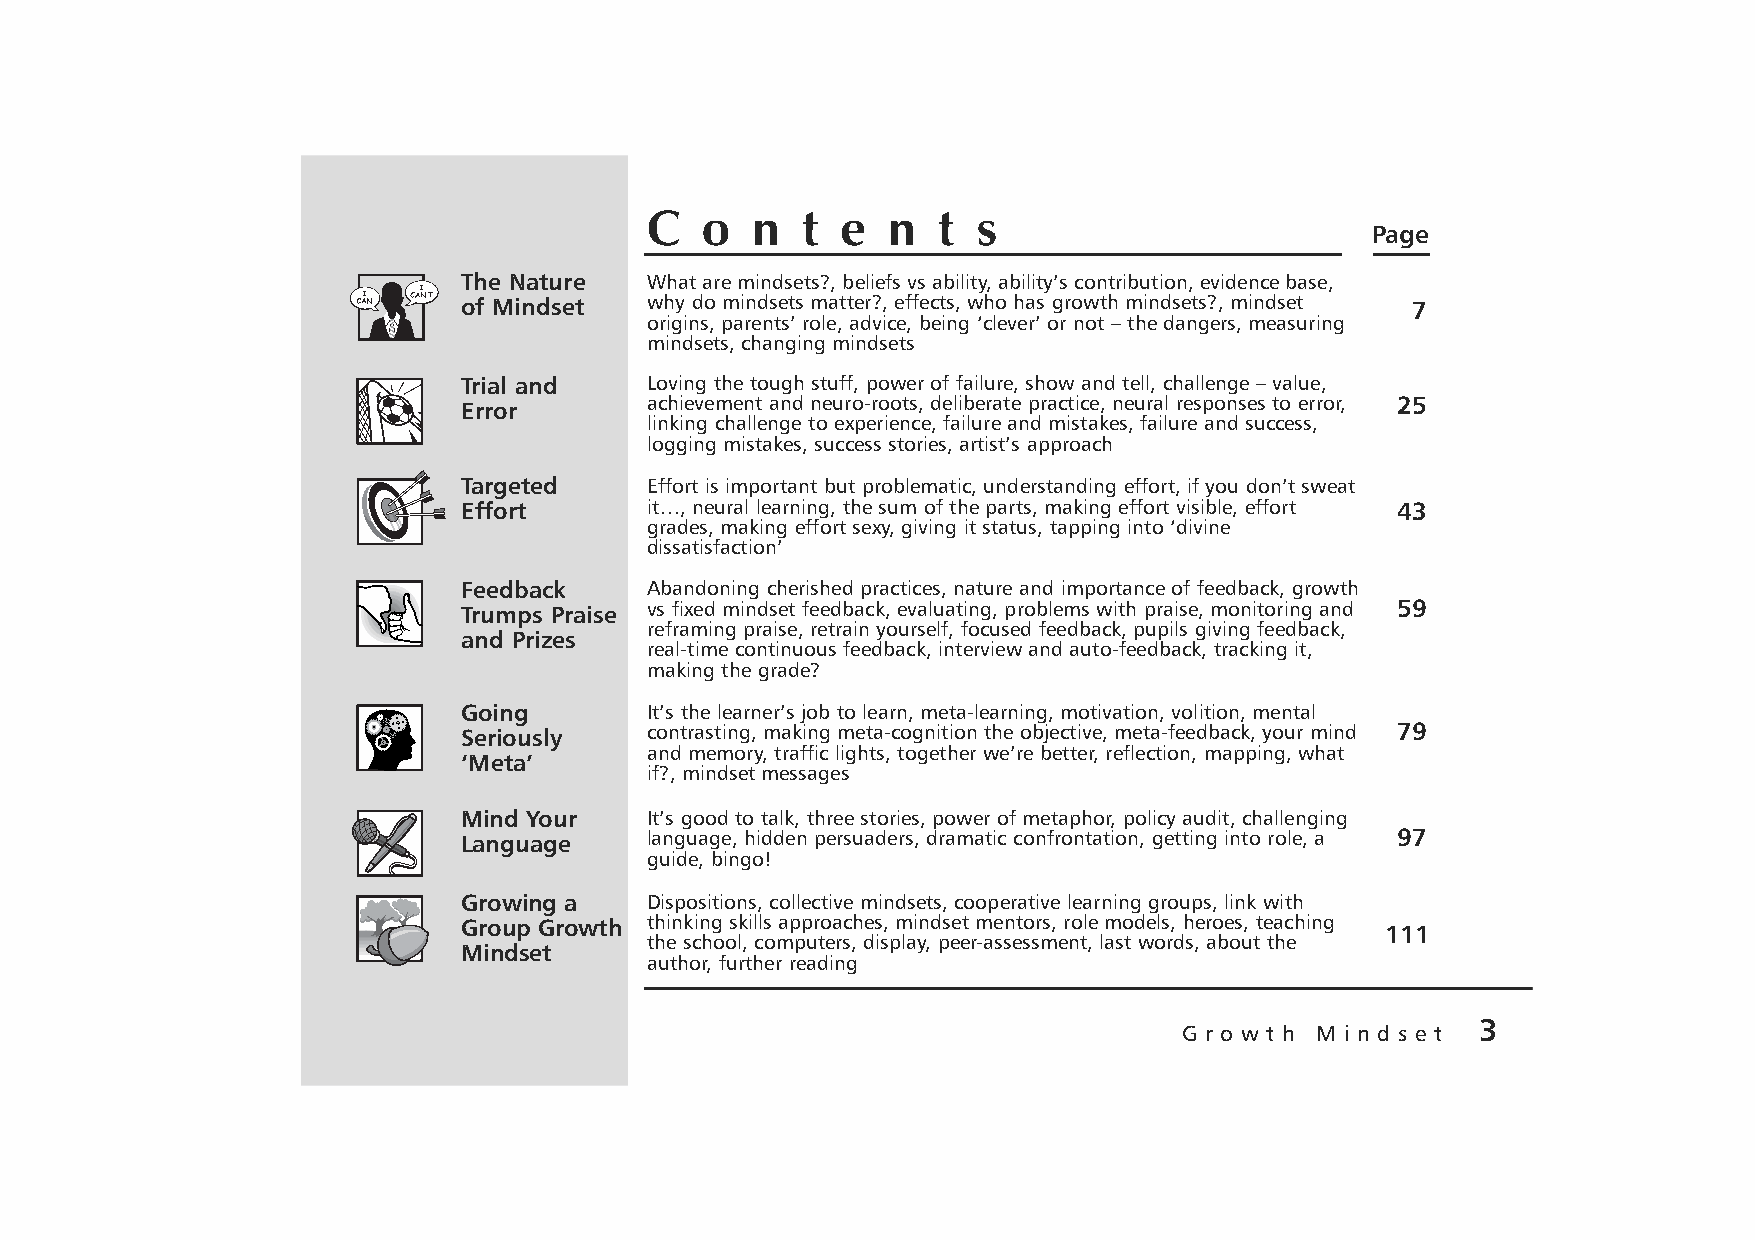
C  o   n  t  e  n  t  s
 Page
 The Nature  What are mindsets?, beliefs vs ability, ability’s contribution, evidence base,
 of Mindset  why do mindsets matter?, effects, who has growth mindsets?, mindset 7
 origins, parents’ role, advice, being ‘clever’ or not – the dangers, measuring
 mindsets, changing mindsets
 Trial and   Loving the tough stuff, power of failure, show and tell, challenge – value,
 achievement and neuro-roots, deliberate practice, neural responses to error, 25
 Error
 linking challenge to experience, failure and mistakes, failure and success,
 logging mistakes, success stories, artist’s approach
 Targeted    Effort is important but problematic, understanding effort, if you don’t sweat
 Effort      it…, neural learning, the sum of the parts, making effort visible, effort 43
 grades, making effort sexy, giving it status, tapping into ‘divine
 dissatisfaction’
 Feedback    Abandoning cherished practices, nature and importance of feedback, growth
 Trumps Praise vs fixed mindset feedback, evaluating, problems with praise, monitoring and 59
 reframing praise, retrain yourself, focused feedback, pupils giving feedback,
 and Prizes
 real-time continuous feedback, interview and auto-feedback, tracking it,
 making the grade?
 Going       It’s the learner’s job to learn, meta-learning, motivation, volition, mental
 Seriously   contrasting, making meta-cognition the objective, meta-feedback, your mind 79
 and memory, traffic lights, together we’re better, reflection, mapping, what
 ‘Meta’
 if?, mindset messages
 Mind Your   It’s good to talk, three stories, power of metaphor, policy audit, challenging
 Language    language, hidden persuaders, dramatic confrontation, getting into role, a 97
 guide, bingo!
 Growing a   Dispositions, collective mindsets, cooperative learning groups, link with
 Group Growth thinking skills approaches, mindset mentors, role models, heroes, teaching 111
 the school, computers, display, peer-assessment, last words, about the
 Mindset
 author, further reading
 3
 G r o w t h M i n d s e t